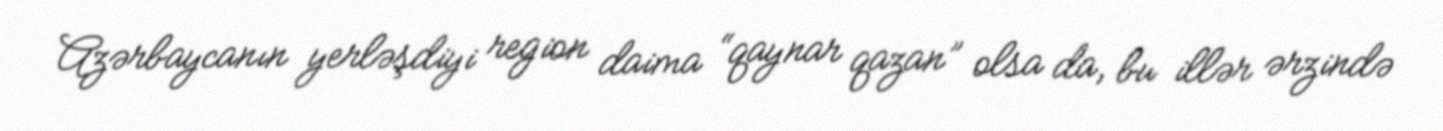
Azərbaycanın yerləşdiyi region daima “qaynar qazan” olsa da, bu illər ərzində